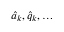
\hat { a } _ { k } , \hat { q } _ { k } , \dots